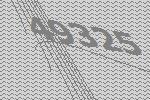
49325